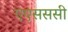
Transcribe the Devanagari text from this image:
एएसससी